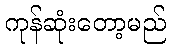
ကုန်ဆုံးတော့မည်